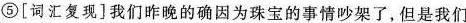
⑤[词汇复现]我们昨晚的确因为珠宝的事情吵架了,但是我们